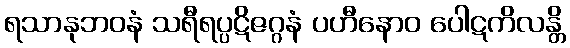
ရသာနုဘဝနံ သရီရပ္ပဋိဇဂ္ဂနံ ပဟီနောဝ ပေါဋကိလန္တိ